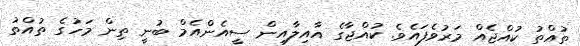
ތުއްތު ކުއްޖެއް މަރުވެފައެވެ. ކުއްޖާގެ އާއިލާއިން ސީއެންއެމް ބުނީ ތިން މަހުގެ ތުއްތު